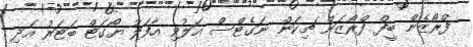
ފްރޯޒެން ބީފް ފްރޯޒަން ޗިކަން ނަގެޓްސް އަލުވި އާފަލު ޔޯގަޓް ބަޓަރު އަދި